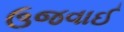
ઉજવાઈ